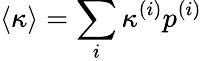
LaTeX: \langle\kappa\rangle=\sum_{i}\kappa^{(i)}p^{(i)}